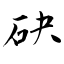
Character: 砄